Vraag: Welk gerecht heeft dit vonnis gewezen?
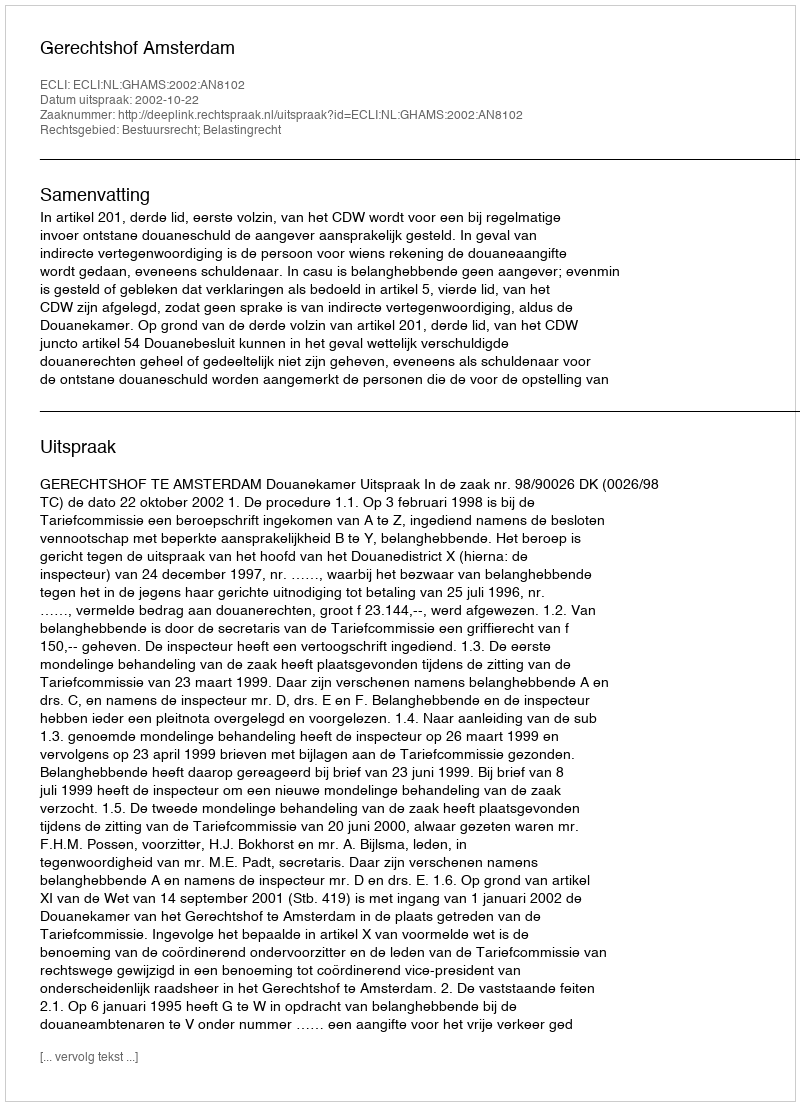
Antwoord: Gerechtshof Amsterdam